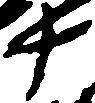
十